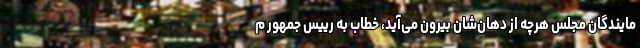
مایندگان مجلس هرچه از دهان‌شان بیرون می‌آید، خطاب به رییس جمهور م